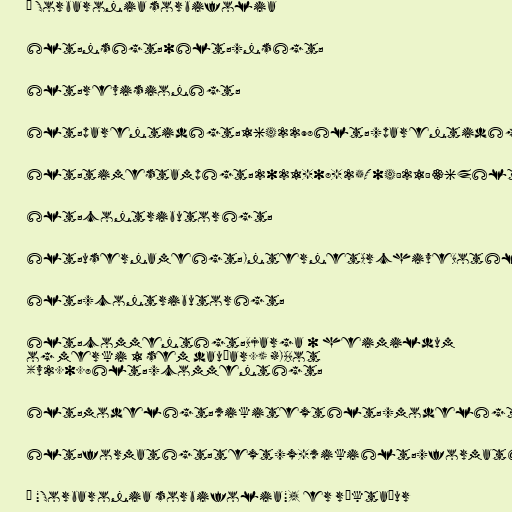
× Sorbaronia sorbifolia

&lt;ns&gt;0&lt;/ns&gt;

&lt;revision&gt;

&lt;parentid&gt;1642298&lt;/parentid&gt;

&lt;timestamp&gt;2021-08-25T04:21:36Z&lt;/timestamp&gt;

&lt;contributor&gt;

&lt;username&gt;InternetArchiveBot&lt;/username&gt;

&lt;/contributor&gt;

&lt;comment&gt;Bjarga 0 heimildum
og merki 1 sem dauðar.) #IABot
(v2.0.8&lt;/comment&gt;

&lt;model&gt;wikitext&lt;/model&gt;

&lt;format&gt;text/x-wiki&lt;/format&gt;

× "Sorbaronia sorbifolia", er ræktaður